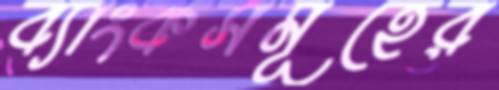
ব্যাংকসমূহের